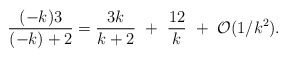
\begin{align*}{(-k)3\over(-k)+2}={3k\over k+2}~+~{12\over k}~+~{\cal O}(1/k^2).\end{align*}